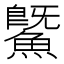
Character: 鱀